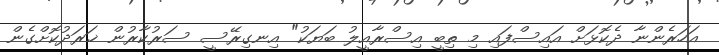
އަހަރެންނާ ދެކޮޅަށް އައިސްފައި މި ތިބީ އިސްރާއީލު ބަޔަކު" އިނގިރޭސީ ސަރުކާރުން ޚަރަދުކޮށްގެން